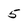
Character: 5